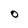
Character: O